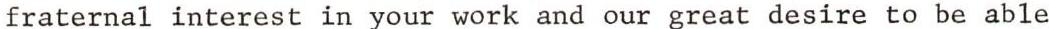
fraternal interest in your work and our great desire to be able